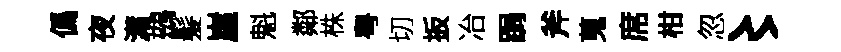
僞夜瀟鷀髪崖魁鄰株粤切扳冶跼斧蒐席柑忽〻